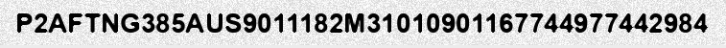
P2AFTNG385AUS9011182M31010901167744977442984